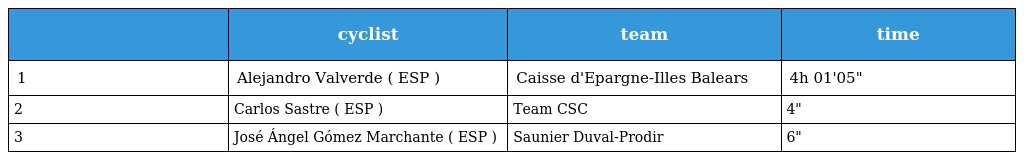
|  | cyclist | team | time |
 | --- | --- | --- | --- |
 | 1 | Alejandro Valverde ( ESP ) | Caisse d'Epargne-Illes Balears | 4h 01'05" |
 | 2 | Carlos Sastre ( ESP ) | Team CSC | 4" |
 | 3 | José Ángel Gómez Marchante ( ESP ) | Saunier Duval-Prodir | 6" |